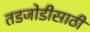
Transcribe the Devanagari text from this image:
तडजोडीसाठी